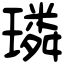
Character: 璘